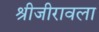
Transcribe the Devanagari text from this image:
श्रीजीरावला